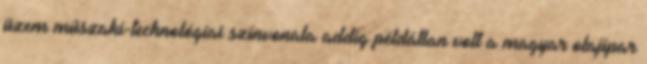
üzem műszaki-technológiai színvonala addig példátlan volt a magyar olajipar